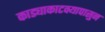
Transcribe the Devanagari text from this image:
काड्याकाटक्यापासुन